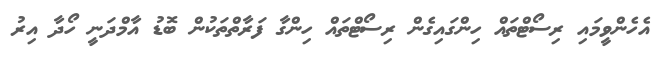
އެހެންވީމައި ރިސޯޓްތައް ހިންގައިގެން ރިސޯޓްތައް ހިންގާ ފަރާތްތަކުން ބޮޑު އާމްދަނީ ހޯދާ އިރު